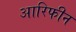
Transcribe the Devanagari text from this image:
आरिफीन